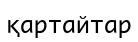
қартайтар